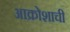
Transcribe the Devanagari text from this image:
आक्रोशाची